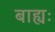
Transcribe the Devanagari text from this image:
बाह्यः